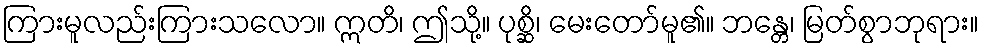
ကြားမူလည်းကြားသလော။ ဣတိ၊ ဤသို့။ ပုစ္ဆိ၊ မေးတော်မူ၏။ ဘန္တေ၊ မြတ်စွာဘုရား။